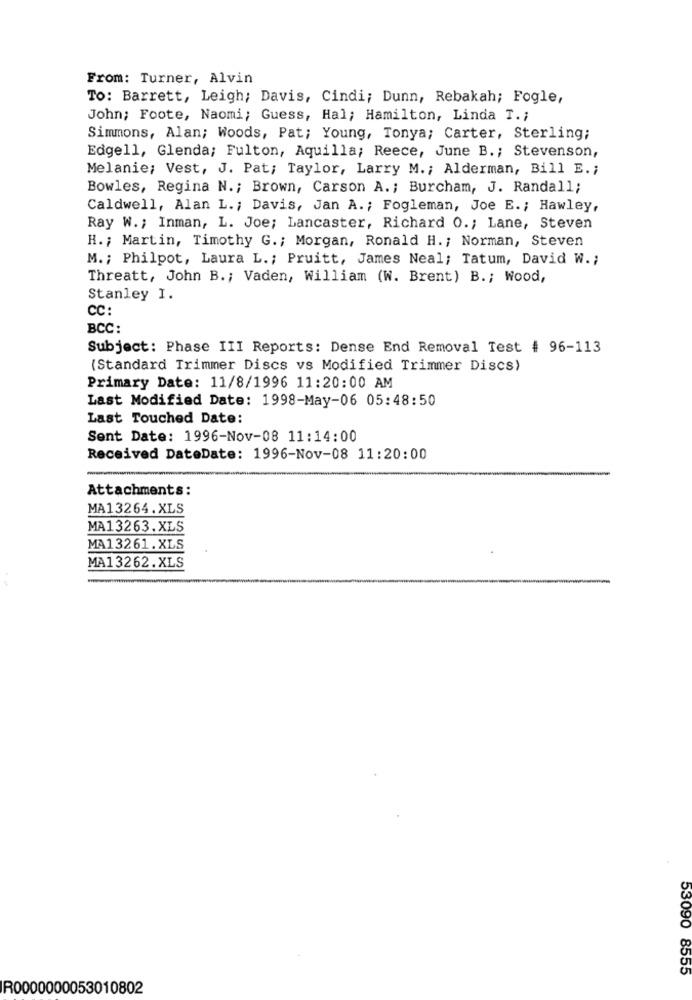
From: Turner, Alvin
To: Barrett, Leigh; Davis, Cindi; Dunn, Rebakah; Fogle,
John; Foote, Naomi; Guess, Hal; Hamilton, Linda T .;
Simmons, Alan; Woods, Pat; Young, Tonya; Carter, Sterling;
Edgell, Glenda; Fulton, Aquilla; Reece, June B .; Stevenson,
Melanie; Vest, J. Pat; Taylor, Larry M .; Alderman, Bill E .;
Bowles, Regina N .; Brown, Carson A .; Burcham, J. Randall;
Caldwell, Alan L. ; Davis, Jan A. ; Fogleman, Joe E .; Hawley,
Ray W .; Inman, L. Joe; Lancaster, Richard O .; Lane, Steven
H .; Martin, Timothy G .; Morgan, Ronald H. ; Norman, Steven
M. ; Philpot, Laura L .; Pruitt, James Neal; Tatum, David W .;
Threatt, John B .; Vaden, William (W. Brent) B .; Wood,
Stanley I.
CC:
BCC:
Subject: Phase III Reports: Dense End Removal Test # 96-113
(Standard Trimmer Discs vs Modified Trimmer Discs)
Primary Date: 11/8/1996 11:20:00 AM
Last Modified Date: 1998-May-06 05:48:50
Last Touched Date:
Sent Date: 1996-Nov-08 11:14:00
Received DateDate: 1996-Nov-08 11:20:00
Attachments:
MA13264.XLS
MA13263.XLS
MA13261.XLS
MA13262.XLS
53090 8555
R0000000053010802